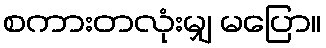
စကားတလုံးမျှ မပြော။